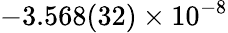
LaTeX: -3.568(32)\times 10^{-8}